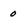
Character: 0